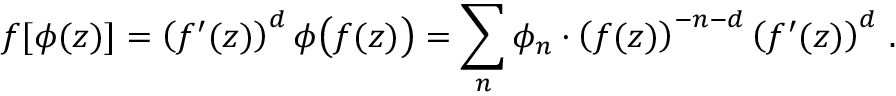
f [ \phi ( z ) ] = \left( f ^ { \prime } ( z ) \right) ^ { d } \phi \bigl ( f ( z ) \bigr ) = \sum _ { n } \phi _ { n } \cdot \left( f ( z ) \right) ^ { - n - d } \left( f ^ { \prime } ( z ) \right) ^ { d } \, .